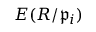
E ( R / { \mathfrak { p } } _ { i } )